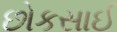
છોકસાઈ